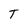
Character: T